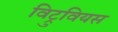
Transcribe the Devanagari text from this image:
विट्रुवियस